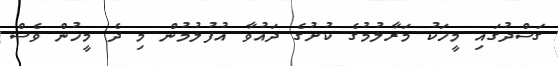
ގަސްދުގައި މީހަކު މަރާލުމުގެ ކުށުގެ ދައުވާ އުފުލުމުން މި ދެ މީހުން ވެސް